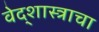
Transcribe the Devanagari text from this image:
वेद्शास्त्राचा